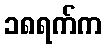
၁၈ရက်က